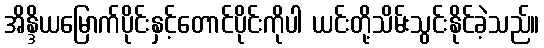
အိန္ဒိယမြောက်ပိုင်းနှင့်တောင်ပိုင်းကိုပါ ယင်းတို့သိမ်းသွင်းနိုင်ခဲ့သည်။